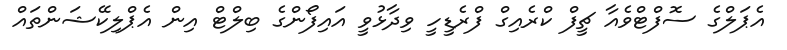
އެޕަލްގެ ސޮފްޓްވެއާ ޗީފް ކްރެއިގް ފްރެޑީހީ ވިދާޅުވީ އައިފޯންގެ ބިލްޓް އިން އެޕްލިކޭޝަންތައް